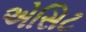
એસિટ